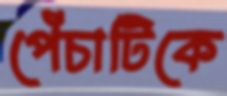
পেঁচাটিকে